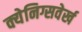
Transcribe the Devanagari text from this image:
क्येनिग्सवेर्ख